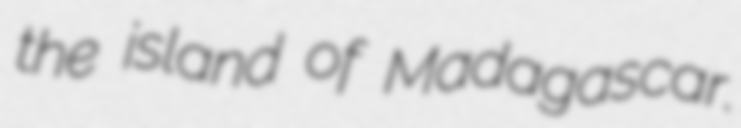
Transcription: the island of Madagascar.